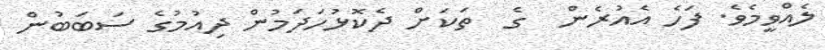
ލެއްވީމެވެ. ފަހެ އެއުރެން  ގެ  ތަކަށް ދެކޮޅުހަދަމުން ދިއުމުގެ ސަބަބުން